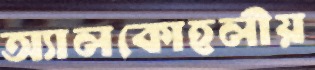
অ্যালকোহলীয়